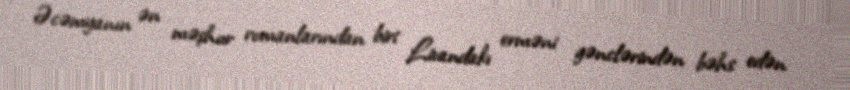
Əcəmyanın ən məşhur romanlarından biri Livandakı erməni gənclərindən bəhs edən